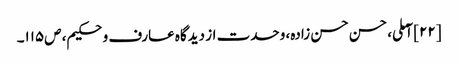
[۲۲] آملی، حسن حسن زادہ، وحدت از دیدگاه عارف و حکیم، ص‌۱۱۵۔